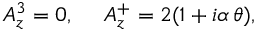
A _ { z } ^ { 3 } = 0 , \ \ \ \ A _ { z } ^ { + } = 2 ( 1 + i \alpha \, \theta ) ,